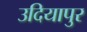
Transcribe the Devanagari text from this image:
उदियापुर